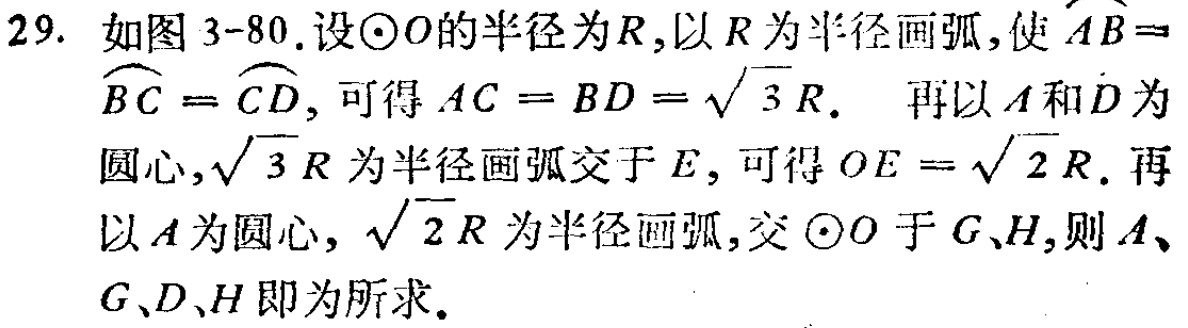
29. 如图3-80.设\(\odot O\)的半径为\(R\),以\(R\)为半径画弧,使\(\overset{\frown}{AB}=\overset{\frown}{BC}=\overset{\frown}{CD}\),可得\(AC = BD = \sqrt{3}R\). 再以\(A\)和\(D\)为圆心,\(\sqrt{3}R\)为半径画弧交于\(E\),可得\(OE = \sqrt{2}R\). 再以\(A\)为圆心, \(\sqrt{2}R\)为半径画弧,交\(\odot O\)于\(G、H\),则\(A、G、D、H\)即为所求.